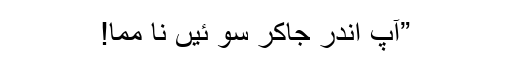
”آپ اندر جاکر سو ئیں نا مما!